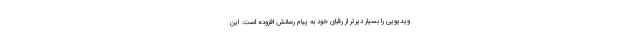
ویدیویی را بسیار دیرتر از رقبای خود به پیام رسانش افزوده است. این